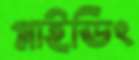
গ্লাইডিং